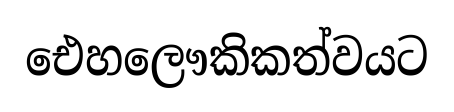
ඓහලෞකිකත්වයට